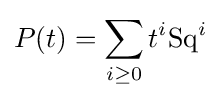
P(t)=\sum _{i\geq 0}t^{i}{\text{Sq}}^{i}